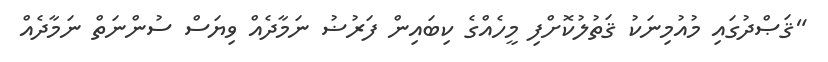
"ޤަޞްދުގައި މުއުމިނަކު ޤަތުލުކޮށްފި މީހެއްގެ ކިބައިން ފަރުޟު ނަމާދެއް ވިޔަސް ސުންނަތް ނަމާދެއް